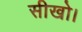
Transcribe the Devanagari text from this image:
सीखो।